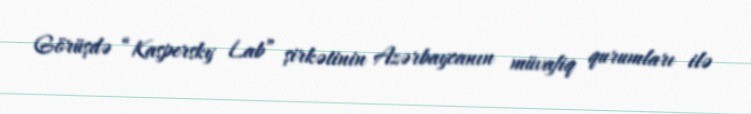
Görüşdə “Kaspersky Lab” şirkətinin Azərbaycanın müvafiq qurumları ilə